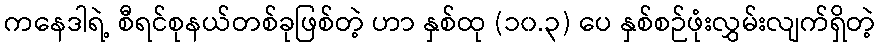
ကနေဒါရဲ့ စီရင်စုနယ်တစ်ခုဖြစ်တဲ့ ဟာ နှစ်ထု (၁၀.၃) ပေ နှစ်စဉ်ဖုံးလွှမ်းလျက်ရှိတဲ့